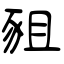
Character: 豠